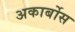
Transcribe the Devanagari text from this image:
अकार्बोस